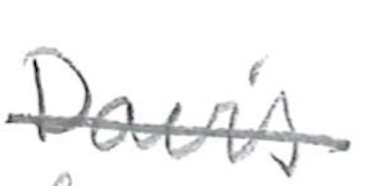
Text: Davis
Cross-out: single-line
Writing tool: pencil